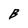
Character: B